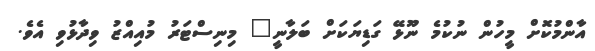
އާންމުކޮށް މީހުން ނުކުމެ ނޫޅޭ ގަޑިޔަކަށް ބަލާނީ" މިނިސްޓަރު މުއިއްޒު ވިދާޅުވި އެވެ.